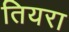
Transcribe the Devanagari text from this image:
तियरा